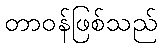
တာဝန်ဖြစ်သည်